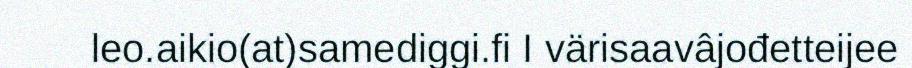
leo.aikio(at)samediggi.fi I värisaavâjođetteijee